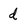
Character: d